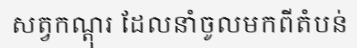
សត្វកណ្តុរ ដែលនាំចូលមកពីតំបន់